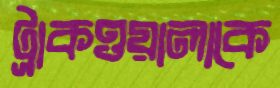
ট্রাকওয়ালাকে